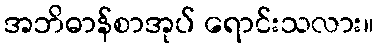
အဘိဓာန်စာအုပ် ရောင်းသလား။